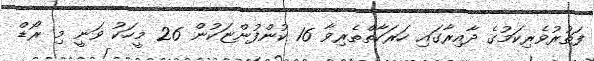
ފަތުރުވެރިކަމުގެ ދާއިރާގައި ހަރަކާތްތެރިވާ 16 ކުންފުންޏަކުން 26 މީހަކު ވަނީ މި ރޯޑް